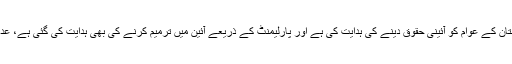
سپریم کورٹ نے اپنے فیصلے میں واضح طور پر گلگت بلتستان کے عوام کو آئینی حقوق دینے کی ہدایت کی ہے اور پارلیمنٹ کے ذریعے آئین میں ترمیم کرنے کی بھی ہدایت کی گئی ہے، عدالت کے فیصلے میں آئین کا ذکر ہے، کسی آرڈر کا ذکر نہیں۔